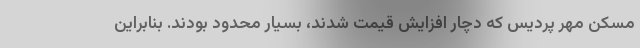
مسکن مهر پردیس که دچار افزایش قیمت شدند، بسیار محدود بودند. بنابراین